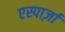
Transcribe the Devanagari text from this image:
एस्पार्ज़ा